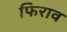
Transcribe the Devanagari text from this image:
फिराव